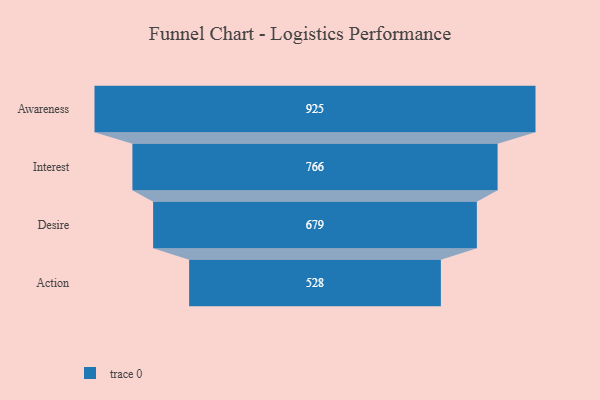
{"axis": {"x": "Stage", "y": "Value"}, "legend": [""], "data": [{"x": "Awareness", "y": 925.0, "type": ""}, {"x": "Interest", "y": 766.0, "type": ""}, {"x": "Desire", "y": 679.0, "type": ""}, {"x": "Action", "y": 528.0, "type": ""}]}